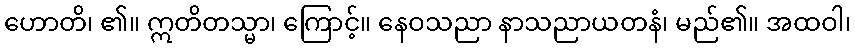
ဟောတိ၊ ၏။ ဣတိတသ္မာ၊ ကြောင့်။ နေဝသညာ နာသညာယတနံ၊ မည်၏။ အထဝါ၊